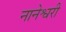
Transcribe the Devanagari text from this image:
नानेश्वरी